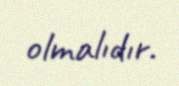
olmalıdır.